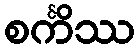
စင်္ကိဿ